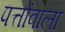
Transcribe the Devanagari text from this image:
पत्तोंवाला